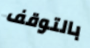
بالتوقف